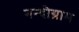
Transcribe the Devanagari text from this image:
नन्दीग्राम